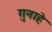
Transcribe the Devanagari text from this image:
गुनाहे